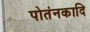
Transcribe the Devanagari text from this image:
पोतंनकादि